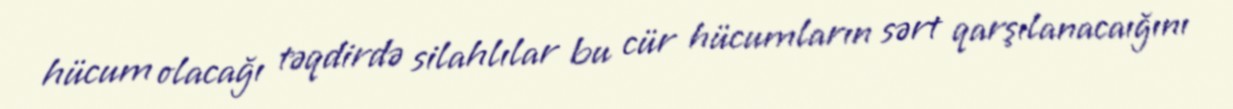
hücum olacağı təqdirdə silahlılar bu cür hücumların sərt qarşılanacaığını